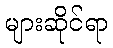
များဆိုင်ရာ